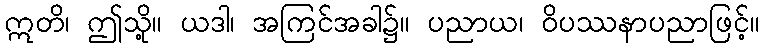
ဣတိ၊ ဤသို့။ ယဒါ၊ အကြင်အခါ၌။ ပညာယ၊ ဝိပဿနာပညာဖြင့်။